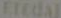
Eredal